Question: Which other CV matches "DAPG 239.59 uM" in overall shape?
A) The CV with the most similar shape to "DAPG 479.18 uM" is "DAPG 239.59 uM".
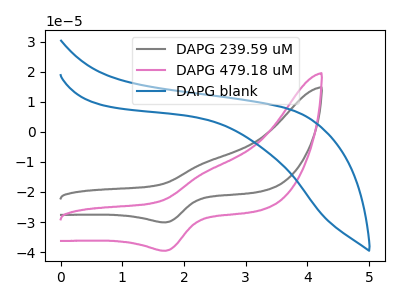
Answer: <think>The gray curve "DAPG 239.59 uM" has an anodic peak at (2.35V, -10.15uA) and a cathodic peak at (1.70V, -30.10uA). The pink curve "DAPG 479.18 uM" has an anodic peak at (2.35V, -13.30uA) and a cathodic peak at (1.70V, -39.60uA). The blue curve "DAPG blank" has no peaks.
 All the peaks in "DAPG 239.59 uM" have a peak in "DAPG 479.18 uM" at the same potential. "DAPG 239.59 uM" and "DAPG blank" have a different number of peaks. "DAPG 479.18 uM" and "DAPG blank" have a different number of peaks.</think>
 <answer>A) The CV with the most similar shape to "DAPG 479.18 uM" is "DAPG 239.59 uM".</answer>
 <eval>A</eval>